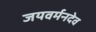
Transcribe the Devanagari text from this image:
जयवर्मनदेव